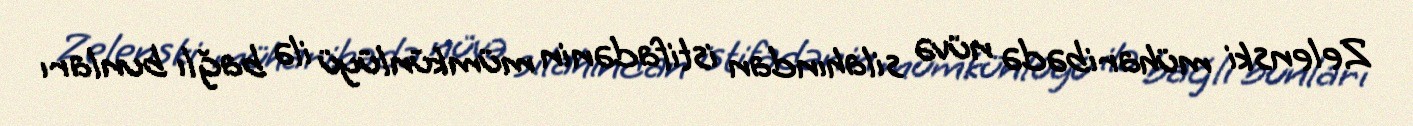
Zelenski müharibədə nüvə silahından istifadənin mümkünlüyü ilə bağlı bunları